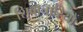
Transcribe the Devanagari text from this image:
शिवाचारियों